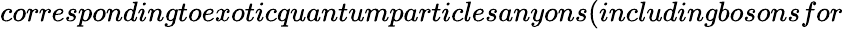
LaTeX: correspondingtoexoticquantumparticlesanyons(includingbosonsfor